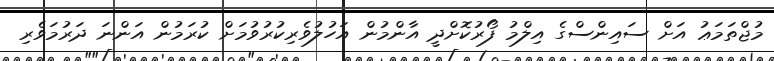
މުޖްތަމަޢު އަށް ސައިންސްގެ އިލްމު ފޯރުކޮށްދީ އާންމުން އަހުލުވެރިކުރުވުމަށް ކުރަމުން އަންނަ ދަރުމަވެރި